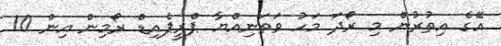
އޭގެ އިތުރުން މި ރޯދަ މަހު ވަތަނިއްޔާ ޕްރީޕެއިޑް ރޯމިން އިން 10